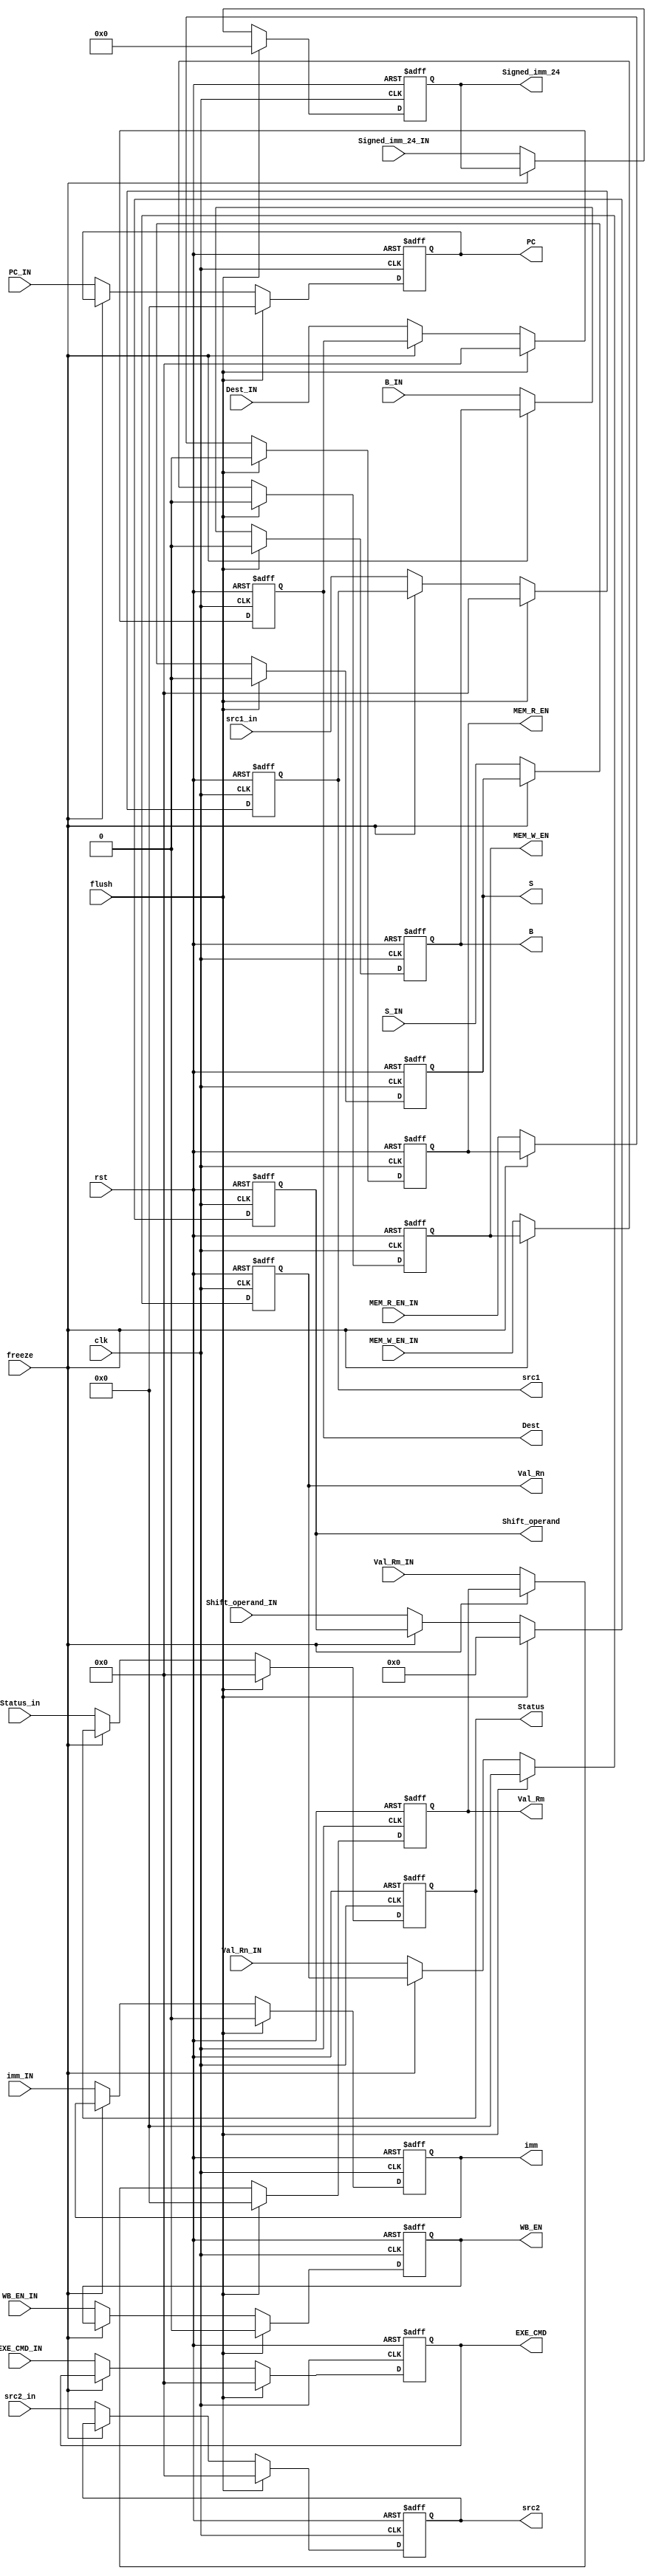
module ID_Stage_Reg(input clk , rst,flush,
                    input WB_EN_IN,MEM_R_EN_IN,MEM_W_EN_IN,B_IN,S_IN,
                    input [3:0] EXE_CMD_IN,
                    input [31:0] PC_IN,
                    input [31:0] Val_Rn_IN,Val_Rm_IN,
                    input imm_IN,
                    input [11:0] Shift_operand_IN,
                    input [23:0] Signed_imm_24_IN,
                    input [3:0] Dest_IN,
                    input [3:0] Status_in,

                    input freeze,

                    input[3:0] src1_in,src2_in,

                    output reg[3:0] src1, src2,

                    output reg WB_EN,MEM_R_EN,MEM_W_EN,B,S,
                    output reg [3:0] EXE_CMD,
                    output reg [31:0] PC,
                    output reg [31:0] Val_Rn,Val_Rm,
                    output reg imm,
                    output reg [11:0] Shift_operand,
                    output reg [23:0] Signed_imm_24,
                    output reg [3:0] Dest,
                    output reg [3:0] Status
                  );
  always @(posedge rst,posedge clk)
  begin
    if (rst) begin
      src1<=0; src2=0;
      WB_EN<=0;MEM_R_EN<=0;MEM_W_EN<=0;B<=0;S <= 0;
      EXE_CMD <= 4'b0;
      PC      <= 32'b0;
		  Val_Rn<=32'b0;
		  Val_Rm <= 32'b0;
      imm <= 0 ;
      Shift_operand <= 12'b0;
      Signed_imm_24 <= 24'b0;
      Dest    <=  4'b0;
      Status <= 4'b0;
	 end
	 else if(flush)begin
      src1<=0; src2<=0;
		  WB_EN<=0;MEM_R_EN<=0;MEM_W_EN<=0;B<=0;S <= 0;
      EXE_CMD <= 4'b0;
      PC      <= 32'b0;
		  Val_Rn<=32'b0;
		  Val_Rm <= 32'b0;
      imm <= 0 ;
      Shift_operand <= 12'b0;
      Signed_imm_24 <= 24'b0;
      Dest    <=  4'b0;
      Status <= 4'b0;
	 end
    else if(~freeze) begin
      src1<=src1_in; src2<=src2_in;
      WB_EN    <=  WB_EN_IN ;
      MEM_R_EN <=  MEM_R_EN_IN;
      MEM_W_EN <=  MEM_W_EN_IN;
      B <= B_IN ;
      S <= S_IN;
      EXE_CMD <= EXE_CMD_IN;
      PC      <= PC_IN;
      Val_Rn <=Val_Rn_IN;
      Val_Rm <=Val_Rm_IN;
      imm <= imm_IN ;
      Shift_operand <= Shift_operand_IN;
      Signed_imm_24 <= Signed_imm_24_IN;
      Dest    <=  Dest_IN;
      Status <= Status_in;
    end
  end
endmodule